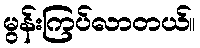
မွန်းကြပ်လာတယ်။